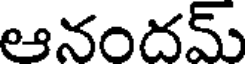
ఆనందమ్